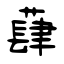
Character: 蕼